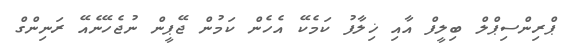
ޕްރިންސިޕްލް ބިލީފް އާއި ޚިލާފު ކަމެކޭ އެހެން ކަމުން ޖޭޕީން ނުޖެހޭނެއޭ ރަނިންގް